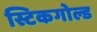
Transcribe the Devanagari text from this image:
स्टिकगोल्ड